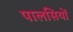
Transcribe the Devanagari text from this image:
पालसियों